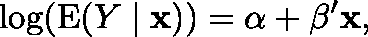
\log ( \operatorname { E } ( Y \mid \mathbf { x } ) ) = \alpha + \mathbf { \beta } ^ { \prime } \mathbf { x } ,